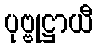
ပုဗ္ဗုဋ္ဌာယီ